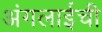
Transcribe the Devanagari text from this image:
अंगलाईची